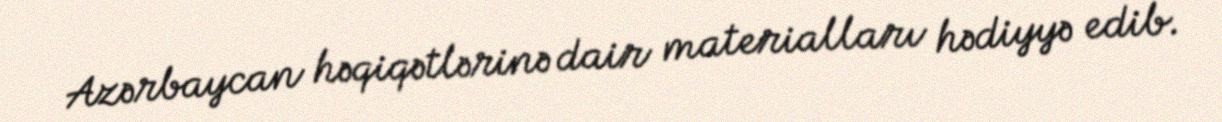
Azərbaycan həqiqətlərinə dair materialları hədiyyə edib.